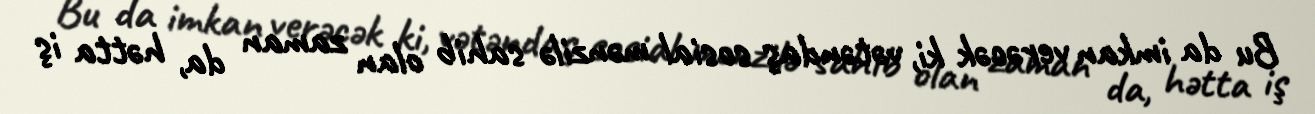
Bu da imkan verəcək ki, vətəndaş sosial mənzilə sahib olan zaman da, hətta iş